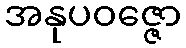
အနုပဝဇ္ဇော